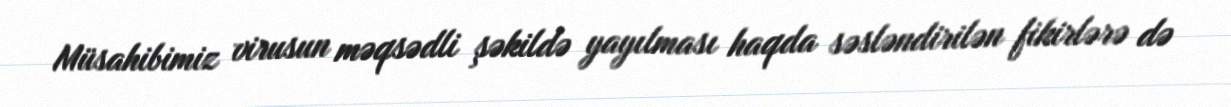
Müsahibimiz virusun məqsədli şəkildə yayılması haqda səsləndirilən fikirlərə də